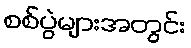
စစ်ပွဲများအတွင်း